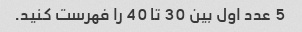
5 عدد اول بین 30 تا 40 را فهرست کنید.